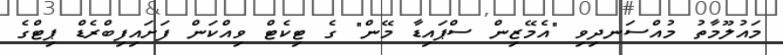
މައުލޫމާތު މުއްސަނދިވި "އެމޭޒިން ސްޕައިޑާ މޭން" ގެ ޓިކެޓް ވިއްކަން ފަށައިފިބްރެޑް ޕިޓްގެ